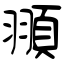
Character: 頨